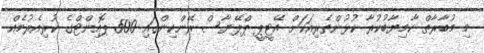
މި މުބާރާތް ކާމިޔާބުކުރާ ކުޅުންތެރިއަކަށް އޭޓީޕީ ޕްލޭޔާސް ރޭންކިންގައި 500 ޕޮއިންޓްގެ ކުރިއެރުމެއް